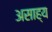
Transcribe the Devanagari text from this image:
असाह्य